Source: Handwritten
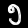
Digit: ၅ (5)